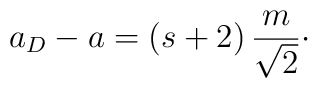
a_D-a=(s+2)\, {m\over\sqrt{2}}\cdotp